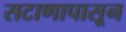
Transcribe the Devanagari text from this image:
सटाणापासून